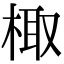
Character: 棷